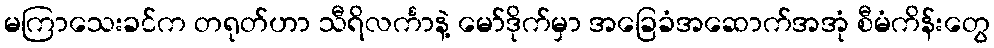
မကြာသေးခင်က တရုတ်ဟာ သီရိလင်္ကာနဲ့ မော်ဒိုက်မှာ အခြေခံအဆောက်အအုံ စီမံကိန်းတွေ